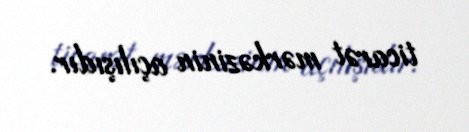
ticarət mərkəzinin açılışıdır.